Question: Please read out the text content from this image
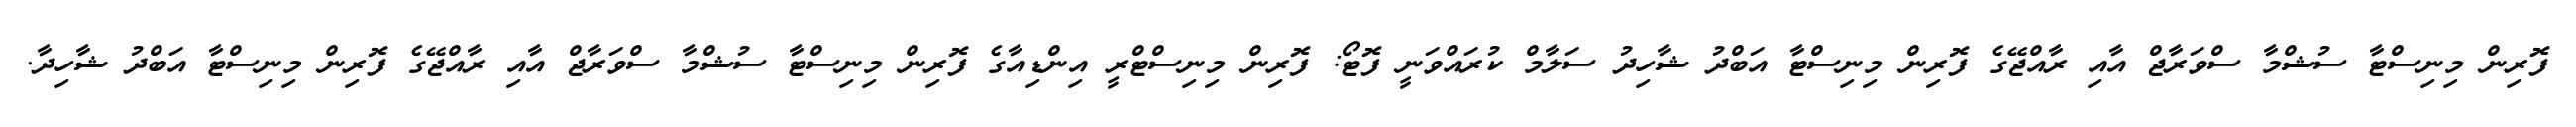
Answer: ފޮރިން މިނިސްޓާ ސުޝްމާ ސްވަރާޖް އާއި ރާއްޖޭގެ ފޮރިން މިނިސްޓާ އަބްދު ޝާހިދު ސަލާމް ކުރައްވަނީ ފޮޓޯ: ފޮރިން މިނިސްޓްރީ އިންޑިއާގެ ފޮރިން މިނިސްޓާ ސުޝްމާ ސްވަރާޖް އާއި ރާއްޖޭގެ ފޮރިން މިނިސްޓާ އަބްދު ޝާހިދާ.